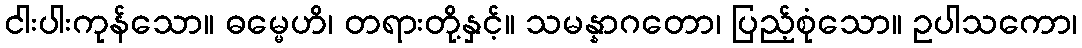
ငါးပါးကုန်သော။ ဓမ္မေဟိ၊ တရားတို့နှင့်။ သမန္နာဂတော၊ ပြည့်စုံသော။ ဥပါသကော၊